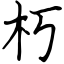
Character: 朽